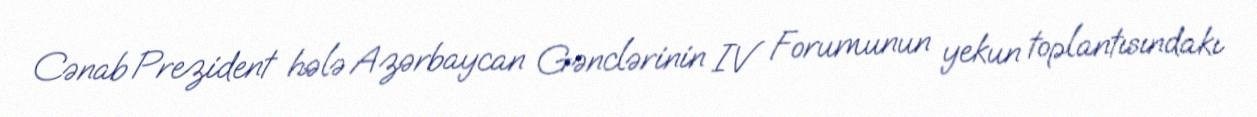
Cənab Prezident hələ Azərbaycan Gənclərinin IV Forumunun yekun toplantısındakı